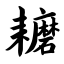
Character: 耱